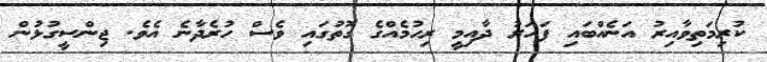
ކުރިމަތިވާއިރު އަނެއްބައި ފަހަރު ދާއިމީ ރިހުމެއްގެ ގޮތުގައި ވެސް ހުރެދާނެ އެވެ. ޖިންސީގުޅުން